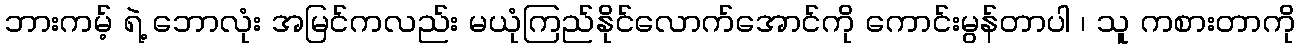
ဘားကမ့် ရဲ့ ဘောလုံး အမြင်ကလည်း မယုံကြည်နိုင်လောက်အောင်ကို ကောင်းမွန်တာပါ ၊ သူ ကစားတာကို